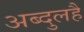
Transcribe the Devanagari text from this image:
अब्दुलहै